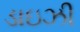
ડાઇઝી